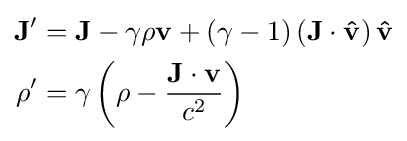
{\begin{aligned}\mathbf {J} '&=\mathbf {J} -\gamma \rho \mathbf {v} +\left(\gamma -1\right)\left(\mathbf {J} \cdot \mathbf {\hat {v}} \right)\mathbf {\hat {v}} \\\rho '&=\gamma \left(\rho -{\frac {\mathbf {J} \cdot \mathbf {v} }{c^{2}}}\right)\end{aligned}}